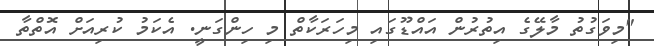
"މިވަގުތު މާލޭގެ އިތުރުން އައްޑޫގައި މިހަރަކާތް މި ހިންގަނީ. އެކަމު ކުރިއަށް އޮތްތާ